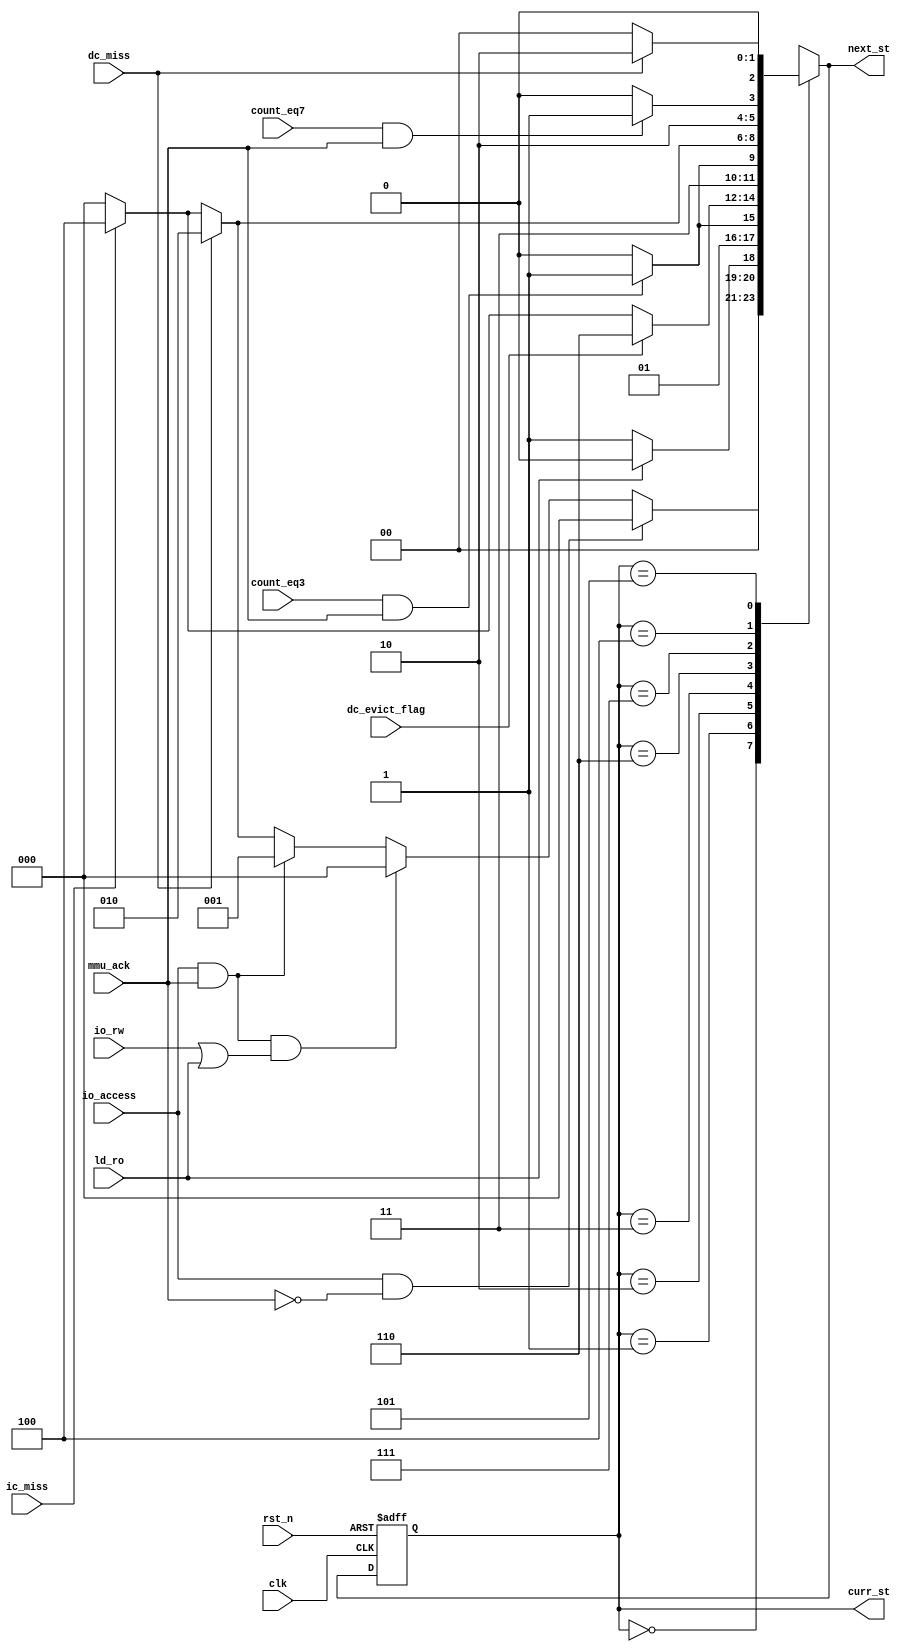
/*************** Microarchiture Project******************/
/********************************************************/
/* Module: Memory management unit state machine         */
/* Arbitrates between icache miss, dcache miss, dcache  */
/* evict and IO access.                                 */
/********************************************************/

module mmu_fsm( clk, rst_n, ld_ro, io_access, io_rw, ic_miss, dc_miss, 
                dc_evict_flag, mmu_ack, curr_st, next_st, count_eq3, count_eq7);

input        clk;
input        rst_n;
input        ld_ro;
input        io_access;
input        io_rw;
input        ic_miss;
input        dc_miss;
input        dc_evict_flag;
input        mmu_ack;
input        count_eq3;
input        count_eq7;

output [2:0] curr_st;
output [2:0] next_st;

reg [2:0] curr_st, next_st;

// Internal variables

localparam IO_SEL         = 3'b000;
localparam IO_ACK_WAIT    = 3'b001;
localparam DC_MEM_RD      = 3'b010;
localparam DC_MISS_ACK    = 3'b011;
localparam IC_MEM_RD      = 3'b100;
localparam IC_MISS_ACK    = 3'b101;
localparam DC_MEM_WR      = 3'b110;
localparam DC_CLEAR_EVICT = 3'b111;

always @(posedge clk or negedge rst_n) begin
  if(~rst_n)
    curr_st <= IO_SEL;
  else
    curr_st <= next_st;
end

always @(*) begin
  case(curr_st)
  IO_SEL: begin
    if(io_access & !mmu_ack)
      next_st = IO_SEL;
    else if(io_access  & mmu_ack & (io_rw | ld_ro))
      next_st = IO_SEL;
    else if(io_access & mmu_ack)
      next_st = IO_ACK_WAIT;
    else if(dc_miss)
      next_st = DC_MEM_RD;
    else if(ic_miss)
      next_st = IC_MEM_RD;
    else
      next_st = IO_SEL;
  end
  IO_ACK_WAIT: begin
    if(ld_ro)
      next_st = IO_SEL;
    else
      next_st = IO_ACK_WAIT;
  end
  DC_MEM_RD: begin
    if(count_eq3 & mmu_ack)
      next_st = DC_MISS_ACK;
    else
      next_st = DC_MEM_RD;
  end
  DC_MISS_ACK: begin
    if(dc_evict_flag)
      next_st = DC_MEM_WR;
    else if(ic_miss)
      next_st = IC_MEM_RD;
    else
      next_st = IO_SEL;
  end
  DC_MEM_WR: begin
    if(count_eq3 & mmu_ack)
      next_st = DC_CLEAR_EVICT;
    else
      next_st = DC_MEM_WR;
  end
  DC_CLEAR_EVICT: begin
    if(dc_miss)
      next_st = DC_MEM_RD;
    else if(ic_miss)
      next_st = IC_MEM_RD;
    else
      next_st = IO_SEL;
  end
  IC_MEM_RD: begin
    if(count_eq7 & mmu_ack)
      next_st = IC_MISS_ACK;
    else
      next_st = IC_MEM_RD;    
  end
  IC_MISS_ACK: begin
    if(dc_miss)
      next_st = DC_MEM_RD;
    else
      next_st = IO_SEL;
  end
  endcase
end

endmodule